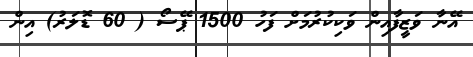
އޭނާ ވަޒީފާއިން ވަކިކުރުމަށް ފަހު 1500 ޕޭސޯ ( 60 ޑޮލަރު) އިން